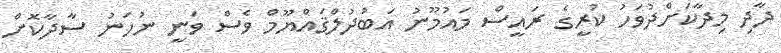
ދާދި މިދާކަށްދުވަހު ކުރީގެ ރައީސް މައުމޫނު އަބުދުލްޤައްޔޫމް ވެސް ވަނީ ނުހަނު ސާދާކޮށް